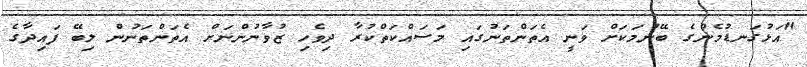
"އަޅުގަނޑުމެންގެ ބޭނުމަކަށް ވަނީ އެތަންތަނުގައި މަސައްކަތްކުރާ ދިވެހި ޒުވާނުންނަށް އެތަންތަނުން ލިބޭ ފައިދާގެ